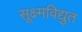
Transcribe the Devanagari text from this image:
सूक्ष्मविद्युत